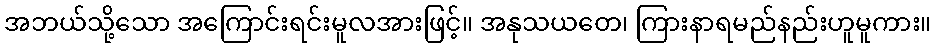
အဘယ်သို့သော အကြောင်းရင်းမူလအားဖြင့်။ အနုသယတေ၊ ကြားနာရမည်နည်းဟူမူကား။